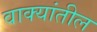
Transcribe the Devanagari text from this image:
वाक्यांतील